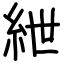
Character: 紲